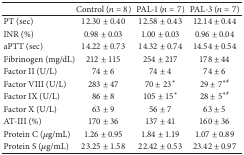
|  | Control (n = 8) | PAL-1 (n = 7) | PAL-3 (n = 7) |
 | --- | --- | --- | --- |
 | PT (sec) | 12.30 ± 0.40 | 12.58 ± 0.43 | 12.14 ± 0.44 |
 | INR (%) | 0.98 ± 0.03 | 1.00 ± 0.03 | 0.96 ± 0.04 |
 | aPTT (sec) | 14.22 ± 0.73 | 14.32 ± 0.74 | 14.54 ± 0.54 |
 | Fibrinogen (mg/dL) | 212 ± 115 | 254 ± 217 | 178 ± 44 |
 | Factor II (U/L) | 74 ± 6 | 74 ± 4 | 74 ± 6 |
 | Factor VIII (U/L) | 283 ± 47 | 70 ± 23* | 29 ± 7∗# |
 | Factor IX (U/L) | 86 ± 8 | 105 ± 15* | 28 ± 5∗# |
 | Factor X (U/L) | 63 ± 9 | 56 ± 7 | 63 ± 5 |
 | AT-III (%) | 170 ± 36 | 137 ± 41 | 160 ± 36 |
 | Protein C (μg/mL) | 1.26 ± 0.95 | 1.84 ± 1.19 | 1.07 ± 0.89 |
 | Protein S (μg/mL) | 23.25 ± 1.58 | 22.42 ± 0.53 | 23.42 ± 0.97 |